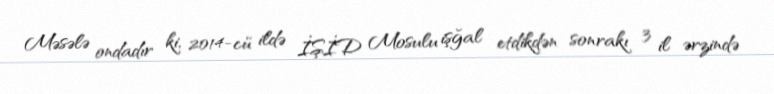
Məsələ ondadır ki, 2014-cü ildə İŞİD Mosulu işğal etdikdən sonrakı 3 il ərzində